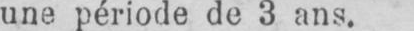
une période de 3 ans.